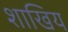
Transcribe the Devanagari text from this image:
शाखिय